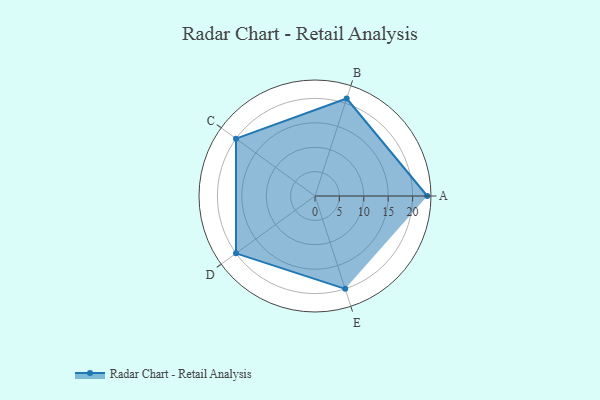
{"axis": {"x": "Skill", "y": "Score"}, "legend": ["Profile"], "data": [{"x": "A", "y": 23.0, "type": "Profile"}, {"x": "B", "y": 21.0, "type": "Profile"}, {"x": "C", "y": 20, "type": "Profile"}, {"x": "D", "y": 20, "type": "Profile"}, {"x": "E", "y": 20, "type": "Profile"}]}